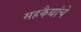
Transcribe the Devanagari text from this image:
सहकैद्यांचे